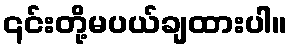
၎င်းတို့မပယ်ချထားပါ။